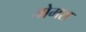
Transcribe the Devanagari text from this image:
तोमश